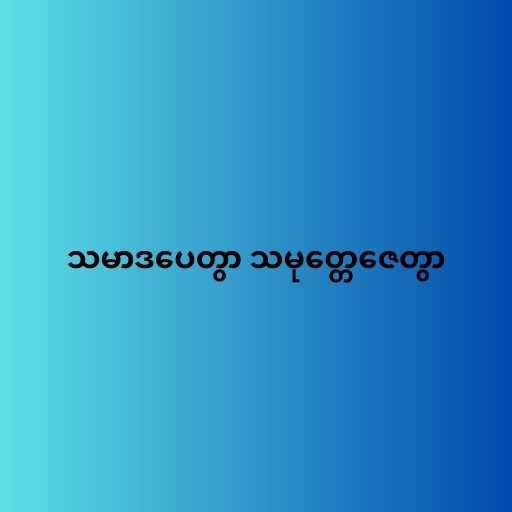
သမာဒပေတွာ သမုတ္တေဇေတွာ